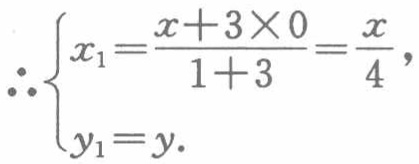
\[\therefore\begin{cases}
x_{1}=\dfrac{x + 3\times0}{1 + 3}=\dfrac{x}{4},\\
y_{1}=y.
\end{cases}\]